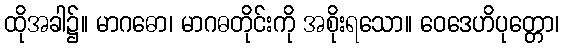
ထိုအခါ၌။ မာဂဓော၊ မာဂဓတိုင်းကို အစိုးရသော။ ဝေဒေဟိပုတ္တော၊